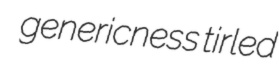
genericness tirled